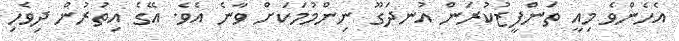
އެހެންވެ މިއީ ތަންފީޒުކުރަން އުނދަގޫ ނިންމުމަކަށް ވާނެ އެވެ. އޭގެ އިތުރުން ދިވެހި